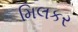
મિલકર